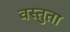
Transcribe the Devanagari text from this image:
वस्तुता